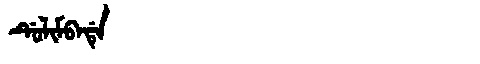
Manchu: ᡩᡠᠯᡳᠮᠪᠠᡩᡝ
Romanization: DULIMBADE